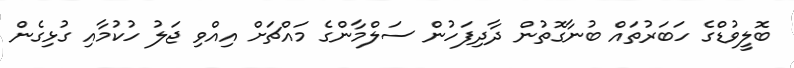
ބޮލީވުޑްގެ ހަބަރުތައް ބުނާގޮތުން ދާދިފަހުން ސަލްމާންގެ މައްޗަށް އިއްވި ޖަލު ހުކުމާއި ގުޅިގެން